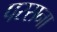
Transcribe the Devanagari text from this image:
परसना